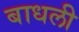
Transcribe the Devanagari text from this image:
बाधली